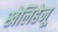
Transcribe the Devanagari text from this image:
खेलिहेनू